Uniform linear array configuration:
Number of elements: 16
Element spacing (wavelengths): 0.75
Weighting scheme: hann
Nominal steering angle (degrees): -30
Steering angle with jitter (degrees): -29.609
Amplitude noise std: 0.05
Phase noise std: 0.05

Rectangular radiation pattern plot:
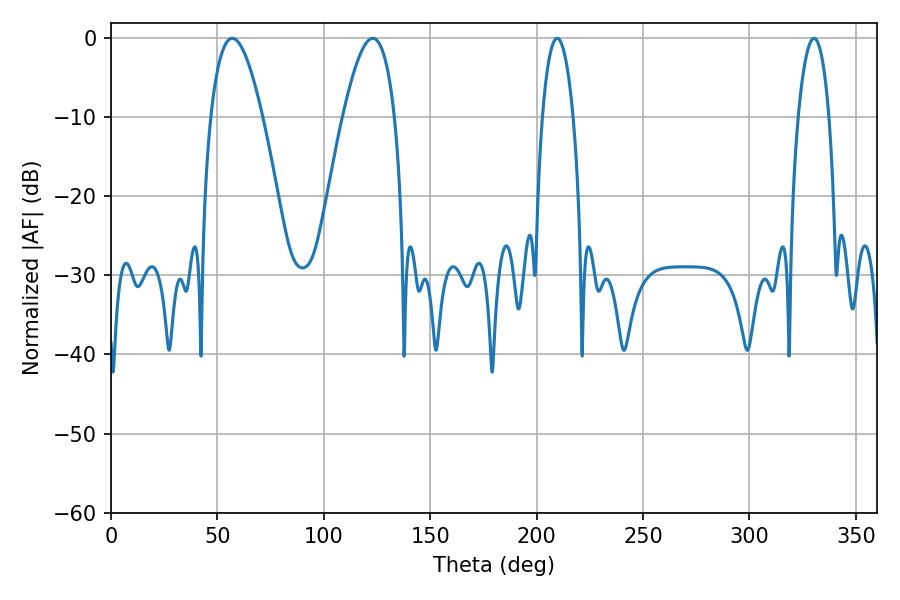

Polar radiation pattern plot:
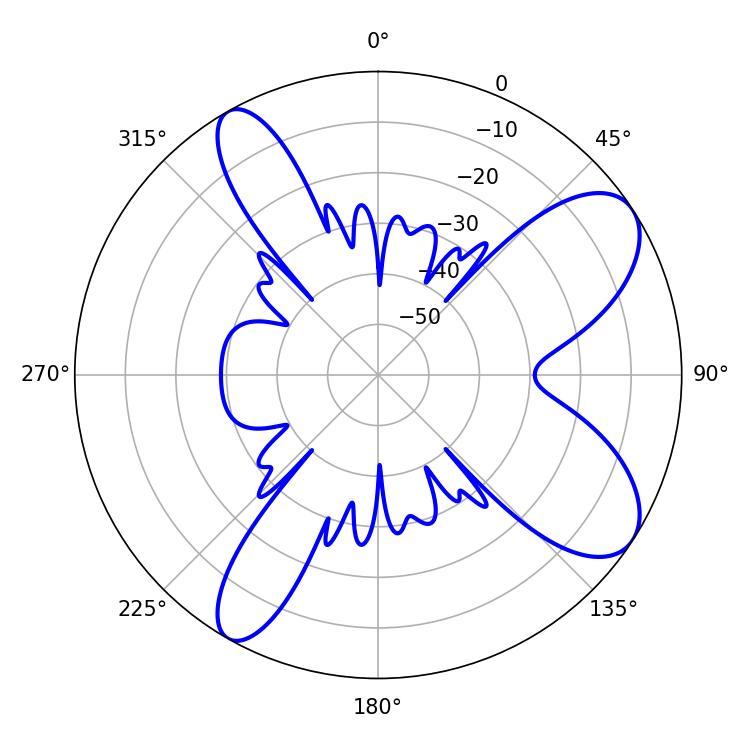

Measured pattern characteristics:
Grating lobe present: TRUE
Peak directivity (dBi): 8.646
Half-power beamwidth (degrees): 13.32
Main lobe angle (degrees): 57.06